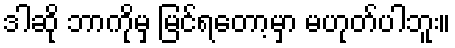
ဒါဆို ဘာကိုမှ မြင်ရတော့မှာ မဟုတ်ပါဘူး။